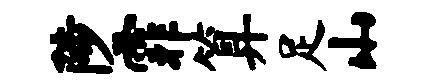
陟霏算足山